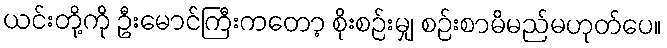
ယင်းတို့ကို ဦးမောင်ကြီးကတော့ စိုးစဉ်းမျှ စဉ်းစာမိမည်မဟုတ်ပေ။